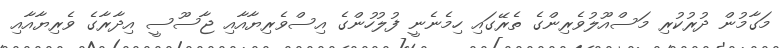
މަގާމުން ދުރުކުރި މަސްއޫލުވެރިންގެ ތެރޭގައި ހިމެނެނީ ފުލުހުންގެ އިސްވެރިޔާއާއި ޖާސޫސީ އިދާރާގެ ވެރިޔާއާއި